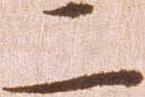
二